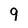
Character: 9